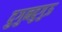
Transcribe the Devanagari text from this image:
दुगुनदुगुऊ